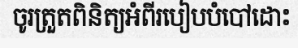
ចូរត្រួតពិនិត្យអំពីរបៀបបំបៅដោះ